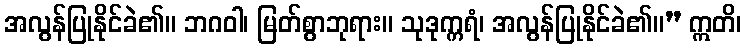
အလွန်ပြုနိုင်ခဲ၏။ ဘဂဝါ၊ မြတ်စွာဘုရား။ သုဒုက္ကရံ၊ အလွန်ပြုနိုင်ခဲ၏။” ဣတိ၊